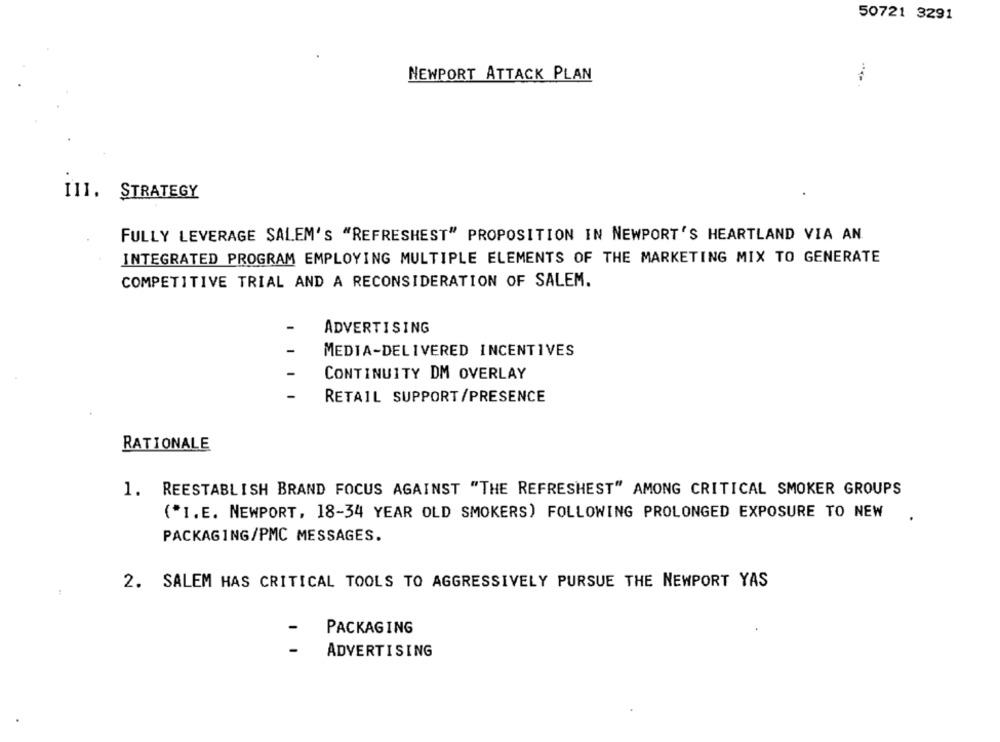
50721 3291
NEWPORT ATTACK PLAN
I11. STRATEGY
FULLY LEVERAGE SALEM'S "REFRESHEST" PROPOSITION IN NEWPORT'S HEARTLAND VIA AN
INTEGRATED PROGRAM EMPLOYING MULTIPLE ELEMENTS OF THE MARKETING MIX TO GENERATE
COMPETITIVE TRIAL AND A RECONSIDERATION OF SALEM.
-
ADVERTISING
-
MEDIA-DELIVERED INCENTIVES
CONTINUITY DM OVERLAY
RETAIL SUPPORT/PRESENCE
RATIONALE
1. REESTABLISH BRAND FOCUS AGAINST "THE REFRESHEST" AMONG CRITICAL SMOKER GROUPS
("I.E. NEWPORT, 18-34 YEAR OLD SMOKERS) FOLLOWING PROLONGED EXPOSURE TO NEW
PACKAGING/PMC MESSAGES.
2. SALEM HAS CRITICAL TOOLS TO AGGRESSIVELY PURSUE THE NEWPORT YAS
:
PACKAGING
ADVERTISING